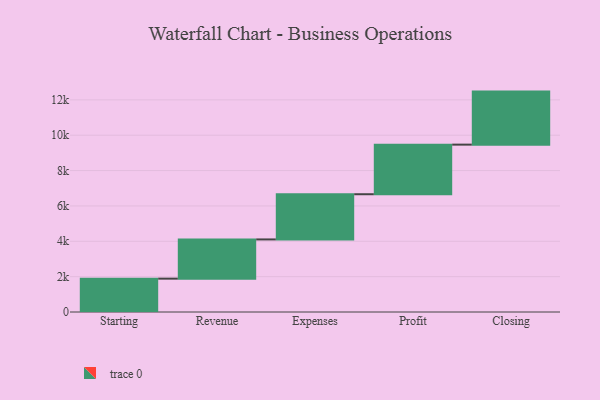
{"axis": {"x": "Step", "y": "Value"}, "legend": [""], "data": [{"x": "Starting", "y": 1887.0, "type": ""}, {"x": "Revenue", "y": 2218.0, "type": ""}, {"x": "Expenses", "y": 2557.0, "type": ""}, {"x": "Profit", "y": 2806.0, "type": ""}, {"x": "Closing", "y": 3000, "type": ""}]}